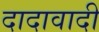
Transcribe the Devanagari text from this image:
दादावादी